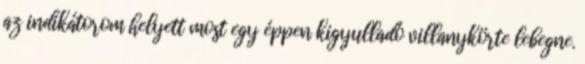
az indikátorom helyett most egy éppen kigyulladó villanykörte lebegne.